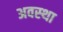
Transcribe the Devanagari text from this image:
अवस्‍था